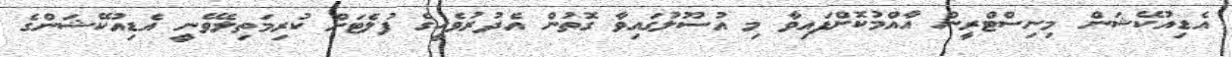
އެޑިއުކޭޝަން މިނިސްޓްރީން އާއްމުކޮށްފައިވާ މި އުސޫލުގައިވާ ގޮތުން އެދުރުވެހީގެ ފުލެޓަށް ކުރިމަތިލެވޭނީ އެޑިއުކޭޝަންގެ